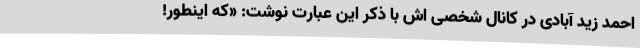
احمد زید آبادی در کانال شخصی اش با ذکر این عبارت نوشت: «که اینطور!